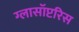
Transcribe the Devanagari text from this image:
ग्लासॉप्टरिस